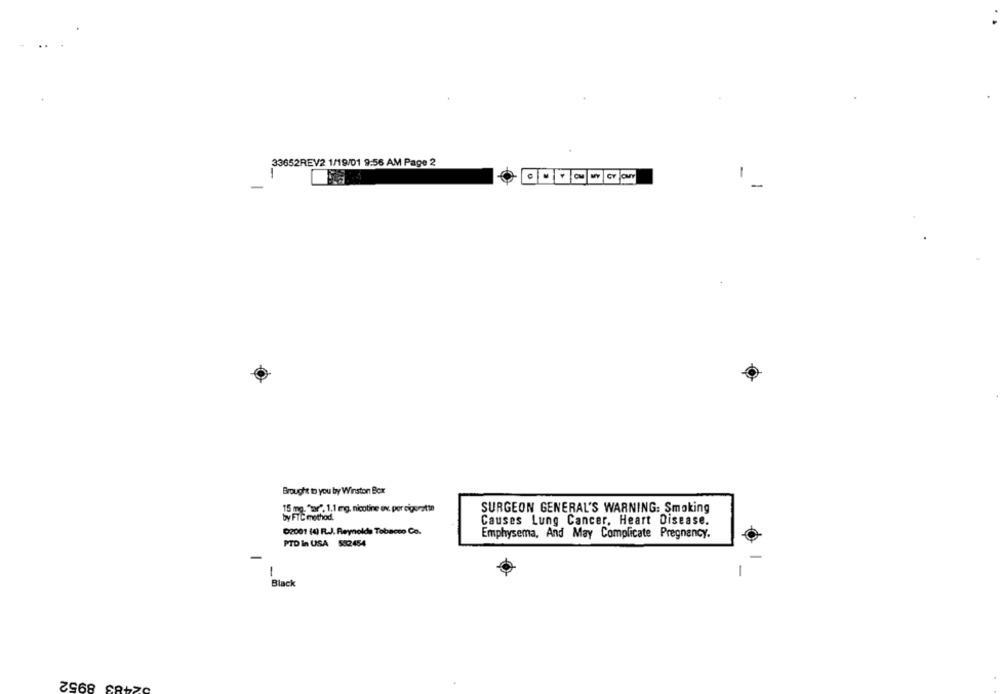
33652REV2 1/19/01 9:56 AM Page 2
1
GDYaWAY
-
Brought to you by Winston Box
15 mg. "tar", 1,1 mg, nicotine ov. per cigerattn
SURGEON GENERAL'S WARNING: Smoking
by FTC method.
Causes Lung Cancer. Heart Disease.
02001 (4) R.J. Reynolds Tabacco Co.
Emphysema, And May Complicate Pregnancy.
PTD In USA 582454
-
-
Black
02483 8952